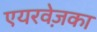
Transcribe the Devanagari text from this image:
एयरवेज़का